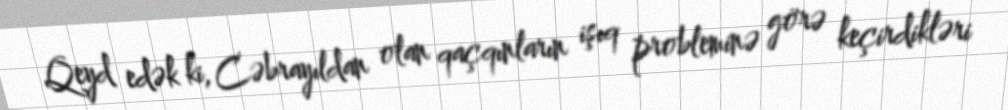
Qeyd edək ki, Cəbrayıldan olan qaçqınların işıq probleminə görə keçirdikləri